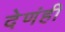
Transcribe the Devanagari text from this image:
देणंही